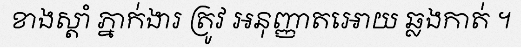
ខាងស្តាំ ភ្នាក់ងារ ត្រូវ អនុញ្ញាតអោយ ឆ្លងកាត់ ។